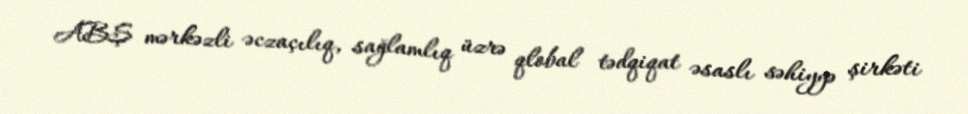
ABŞ mərkəzli əczaçılıq, sağlamlıq üzrə qlobal tədqiqat əsaslı səhiyyə şirkəti